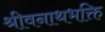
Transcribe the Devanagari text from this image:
श्रीवनाथभक्ति